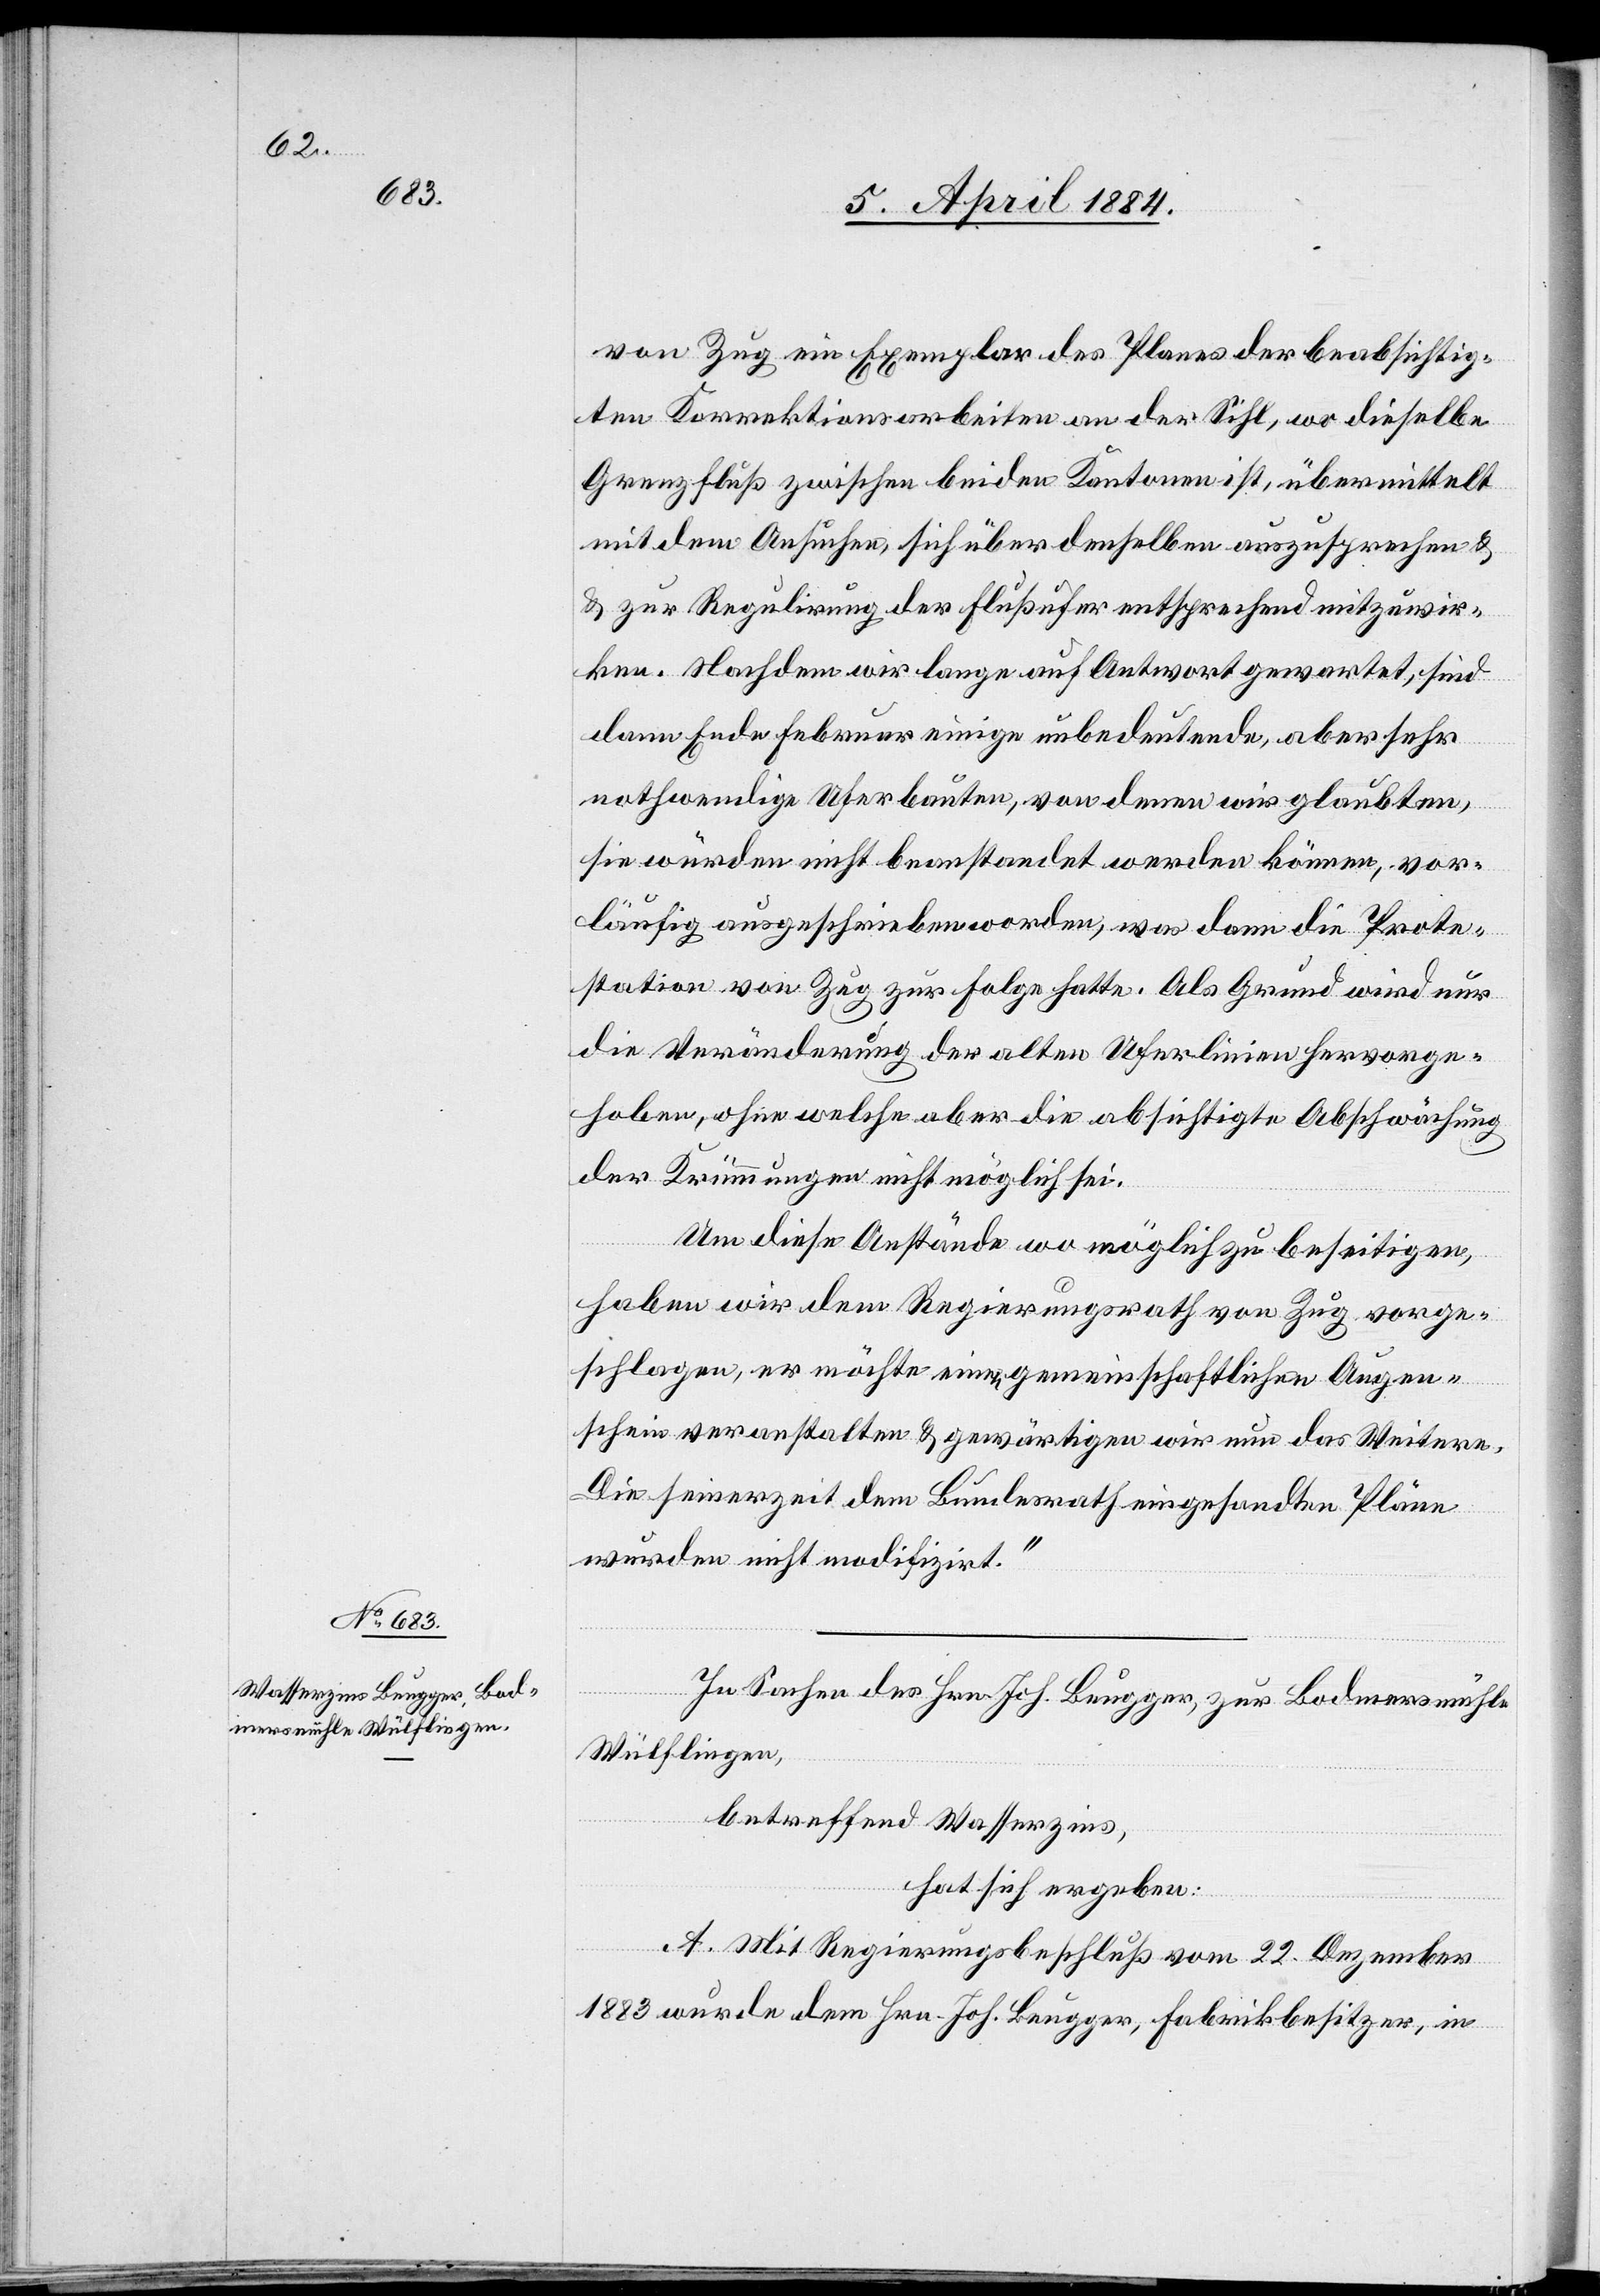
von Zug ein Exemplar des Planes der beabsichtig¬
ten Korrektionsarbeiten an der Sihl, wo dieselbe
Grenzfluß zwischen beiden Kantonen ist, übermittelt
mit dem Ansuchen, sich über denselben auszusprechen &
zur Regulirung der Flußufer entsprechend mitzuwir¬
ken. Nachdem wir lange auf Antwort gewartet, sind
dann Ende Februar einige unbedeutende, aber sehr
nothwendige Uferbauten, von denen wir glaubten,
sie würden nicht beanstandet werden können, vor¬
läufig ausgeschrieben worden, was dann die Prote¬
station von Zug zur Folge hatte. Als Grund wird nur
die Veränderung der alten Uferlinien hervorge¬
hoben, ohne welche aber die absichtigte [sic!] Abschwächung
der Krümmungen nicht möglich sei.
Um diese Anstände wo möglich zu beseitigen,
haben wir dem Regierungsrath von Zug vorge¬
schlagen, er möchte einen gemeinschaftlichen Augen¬
schein veranstalten & gewärtigen wir nun das Weitere.
Die seinerzeit dem Bundesrath eingesandten Pläne
wurden nicht modifizirt.“
In Sachen des Hrn. Joh. Beugger, zur Bodmersmühle
Wülflingen,
betreffend Wasserzins,
hat sich ergeben:
A. Mit Regierungsbeschluß vom 22. Dezember
1883 wurde dem Hrn. Joh. Beugger, Fabrikbesitzer, in